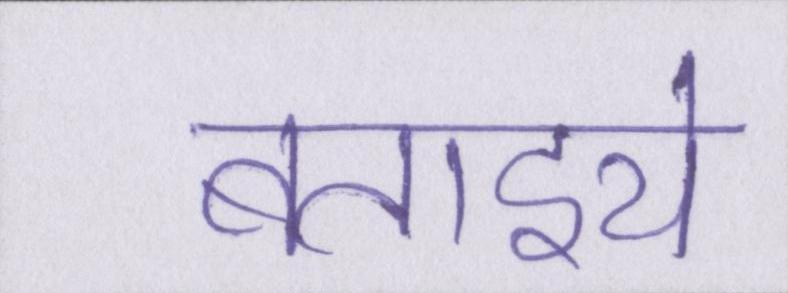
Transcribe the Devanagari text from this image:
बताइये